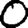
Digit: 0